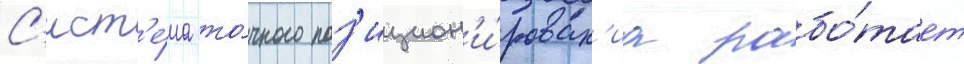
С'ист'е́ма то́чного поз'ицион'и́рован'иа рабо́тает